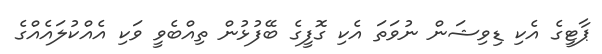
ޕާޓީގެ އެކި ޑިވިޝަން ނުވަތަ އެކި ގޮފީގެ ބޭފުޅުން ތިއްބެވީ ވަކި އެއްކުލައެއްގެ